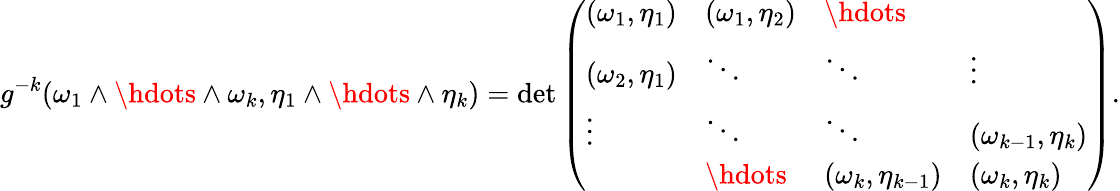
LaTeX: g^{-k}(\omega_{1}\wedge\hdots\wedge\omega_{k},\eta_{1}\wedge\hdots\wedge\eta_{k})=\operatorname*{det}\left(\begin{array}{llll}{(\omega_{1},\eta_{1})}&{(\omega_{1},\eta_{2})}&{\hdots}&\\ {(\omega_{2},\eta_{1})}&{\ddots}&{\ddots}&{\vdots}\\ {\vdots}&{\ddots}&{\ddots}&{(\omega_{k-1},\eta_{k})}\\ &{\hdots}&{(\omega_{k},\eta_{k-1})}&{(\omega_{k},\eta_{k})}\end{array}\right).